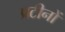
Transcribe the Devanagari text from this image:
प्रटीनों